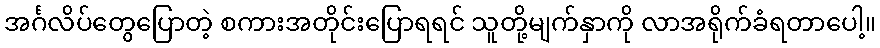
အင်္ဂလိပ်တွေပြောတဲ့ စကားအတိုင်းပြောရရင် သူတို့မျက်နှာကို လာအရိုက်ခံရတာပေါ့။